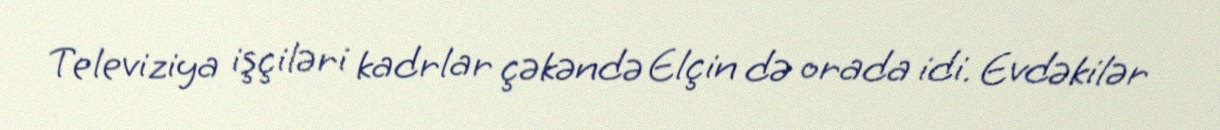
Televiziya işçiləri kadrlar çəkəndə Elçin də orada idi. Evdəkilər